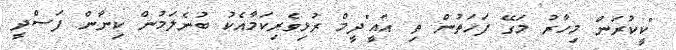
"ކީކުރަން މިހާރު މަގޭ ފަހަތުން ތި އައީ"ދީމް ރުޅިވެރިކަމާއެކު ބުނެލަމުން ކިނާން ފަސްދީ